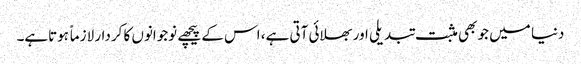
دنیا میں جو بھی مثبت تبدیلی اور بھلائی آتی ہے، اس کے پیچھے نوجوانوں کا کردار لازماً ہوتاہے۔